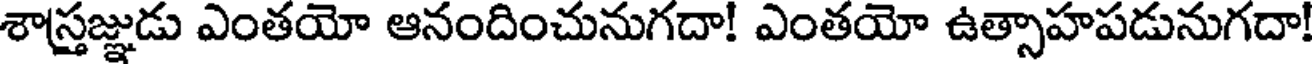
శాస్త్రజ్ఞుడు ఎంతయో ఆనందించునుగదా! ఎంతయో ఉత్సాహపడునుగదా!